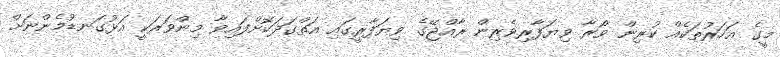
މީގެ އަހަރުތަކެއް ކުރިން ވޯރާ ވިޔަފާރިވެރިން ރާއްޖޭގެ ވިޔަފާރީގައި އަތްގަދަކޮށްފައިވާ މިންވަރަކީ އަޅުގަނޑުމެންނަށް